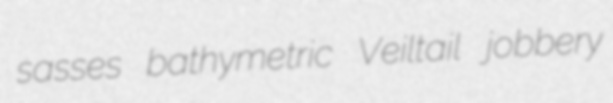
sasses bathymetric Veiltail jobbery